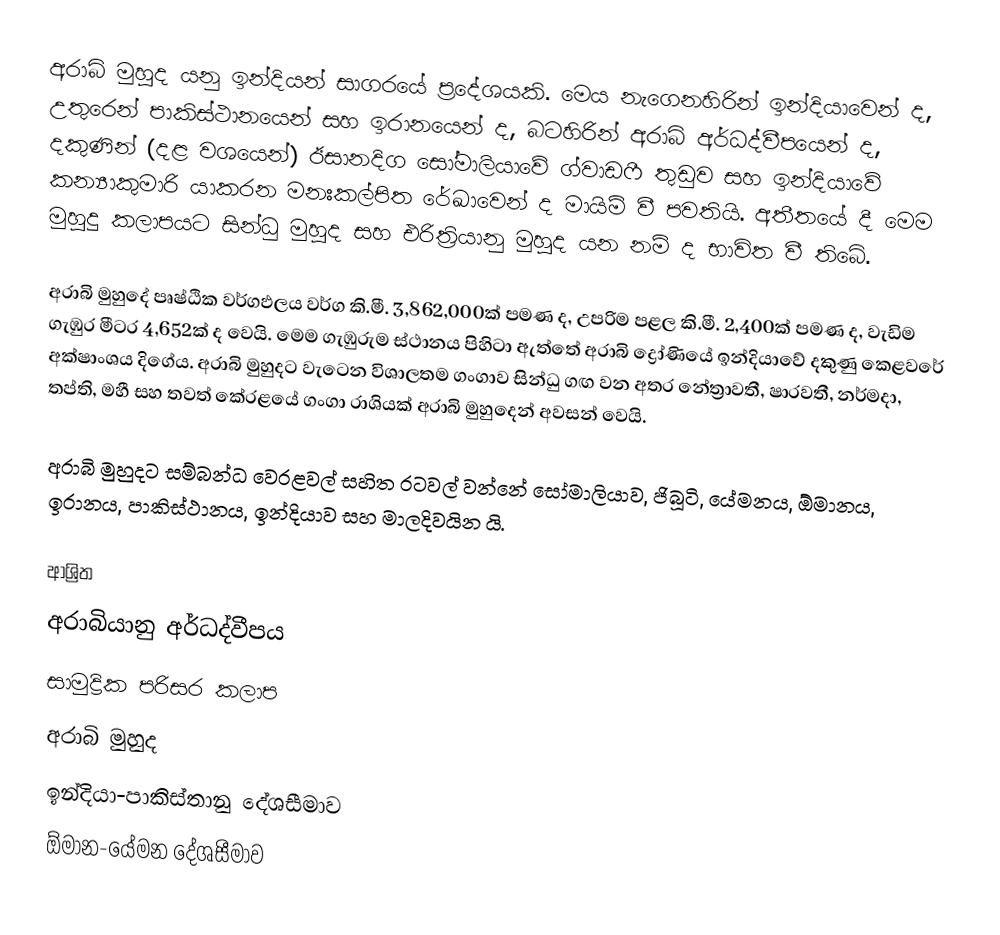
අරාබි මුහුද යනු ඉන්දියන් සාගරයේ ප්‍රදේශයකි. මෙය නැගෙනහිරින් ඉන්දියාවෙන් ද, උතුරෙන් පාකිස්ථානයෙන් සහ ඉරානයෙන් ද, බටහිරින් අරාබි අර්ධද්වීපයෙන් ද, දකුණින් (දළ වශයෙන්) ඊසානදිග සෝමාලියාවේ ග්වාඩෆී තුඩුව සහ ඉන්දියාවේ කන්‍යාකුමාරි යාකරන මනඃකල්පිත රේඛාවෙන් ද මායිම් වී පවතියි. අතීතයේ දී මෙම මුහුදු කලාපයට සින්ධු මුහුද සහ එරිත්‍රියානු මුහුද යන නම් ද භාවිත වී තිබේ.

අරාබි මුහුදේ පෘෂ්ඨික වර්ගඵලය වර්ග කි.මී. 3,862,000ක් පමණ ද, උපරිම පළල කි.මී. 2,400ක් පමණ ද, වැඩිම ගැඹුර මීටර 4,652ක් ද වෙයි. මෙම ගැඹුරුම ස්ථානය පිහිටා ඇත්තේ අරාබි ද්‍රෝණියේ ඉන්දියාවේ දකුණු කෙළවරේ අක්ෂාංශය දිගේය. අරාබි මුහුදට වැටෙන විශාලතම ගංගාව සින්ධු ගඟ වන අතර නේත්‍රාවතී, ෂාරවතී, නර්මදා, තප්ති, මහී සහ තවත් කේරළයේ ගංගා රාශියක් අරාබි මුහුදෙන් අවසන් වෙයි.

අරාබි මුහුදට සම්බන්ධ වෙරළවල් සහිත රටවල් වන්නේ සෝමාලියාව, ජිබූටි, යේමනය, ඕමානය, ඉරානය, පාකිස්ථානය, ඉන්දියාව සහ මාලදිවයින යි.

ආශ්‍රිත
අරාබියානු අර්ධද්වීපය
සාමුද්‍රික පරිසර කලාප
අරාබි මුහුද
ඉන්දියා-පාකිස්තානු දේශසීමාව
ඕමාන-යේමන දේශසීමාව